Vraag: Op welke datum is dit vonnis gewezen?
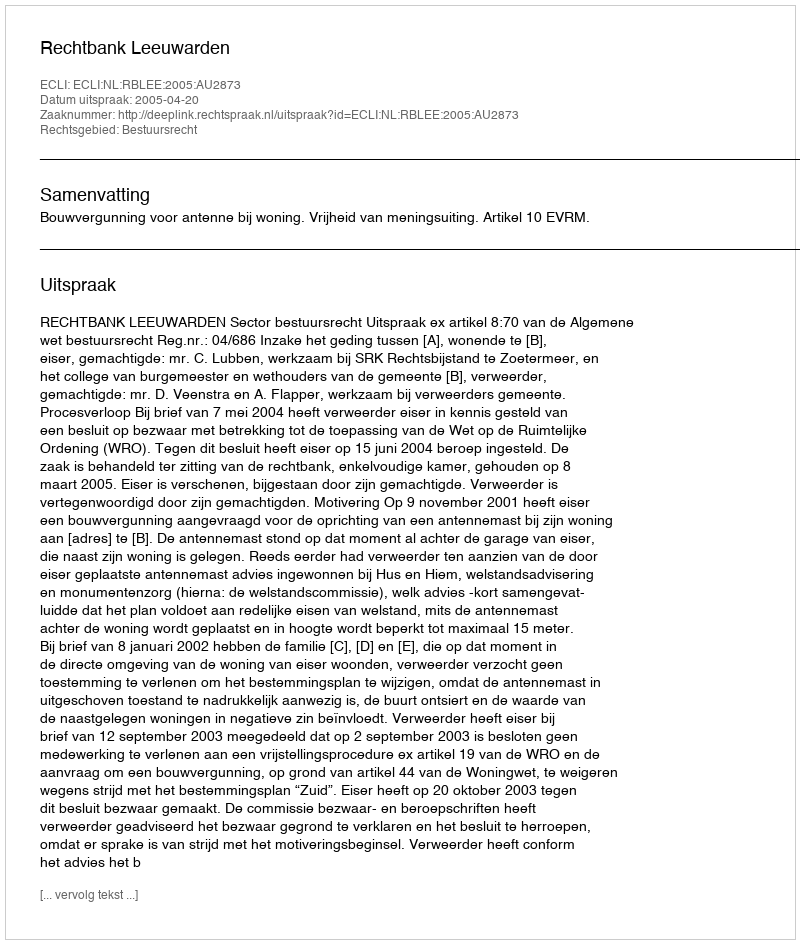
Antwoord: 2005-04-20